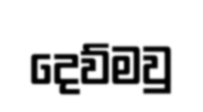
දෙව්මවු